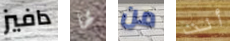
دافيز لها من أنت